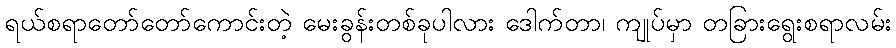
ရယ်စရာတော်တော်ကောင်းတဲ့ မေးခွန်းတစ်ခုပါလား ဒေါက်တာ၊ ကျုပ်မှာ တခြားရွေးစရာလမ်း